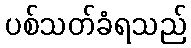
ပစ်သတ်ခံရသည်